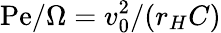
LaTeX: \mathrm{Pe}/\Omega=v_{0}^{2}/(r_{H}C)